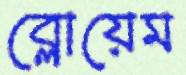
ব্লোয়েম